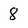
Character: 8